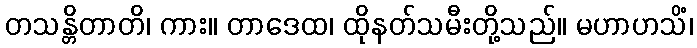
တသန္တိတာတိ၊ ကား။ တာဒေထ၊ ထိုနတ်သမီးတို့သည်။ မဟာဟသိံ၊